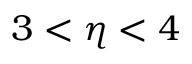
3 < \eta < 4